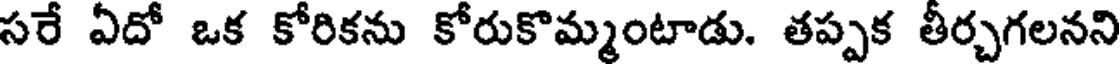
సరే ఏదో ఒక కోరికను కోరుకొమ్మంటాడు. తప్పక తీర్చగలనని